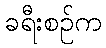
ခရီးစဉ်က